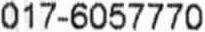
017-6057770